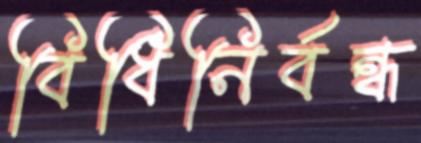
বিধিনির্বন্ধ